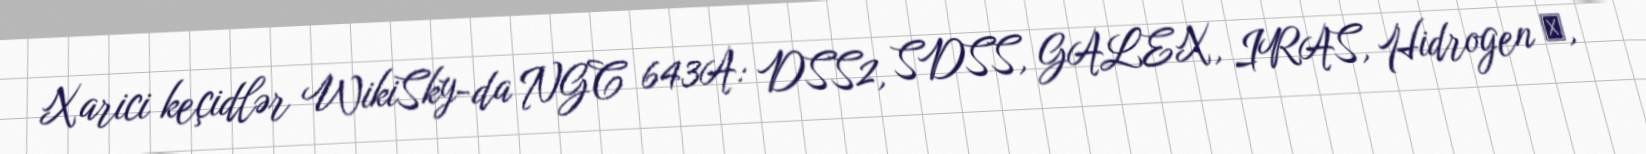
Xarici keçidlər WikiSky-da NGC 643A: DSS2, SDSS, GALEX, IRAS, Hidrogen α,